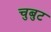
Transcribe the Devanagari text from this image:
चुबुट